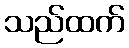
သည်ထက်